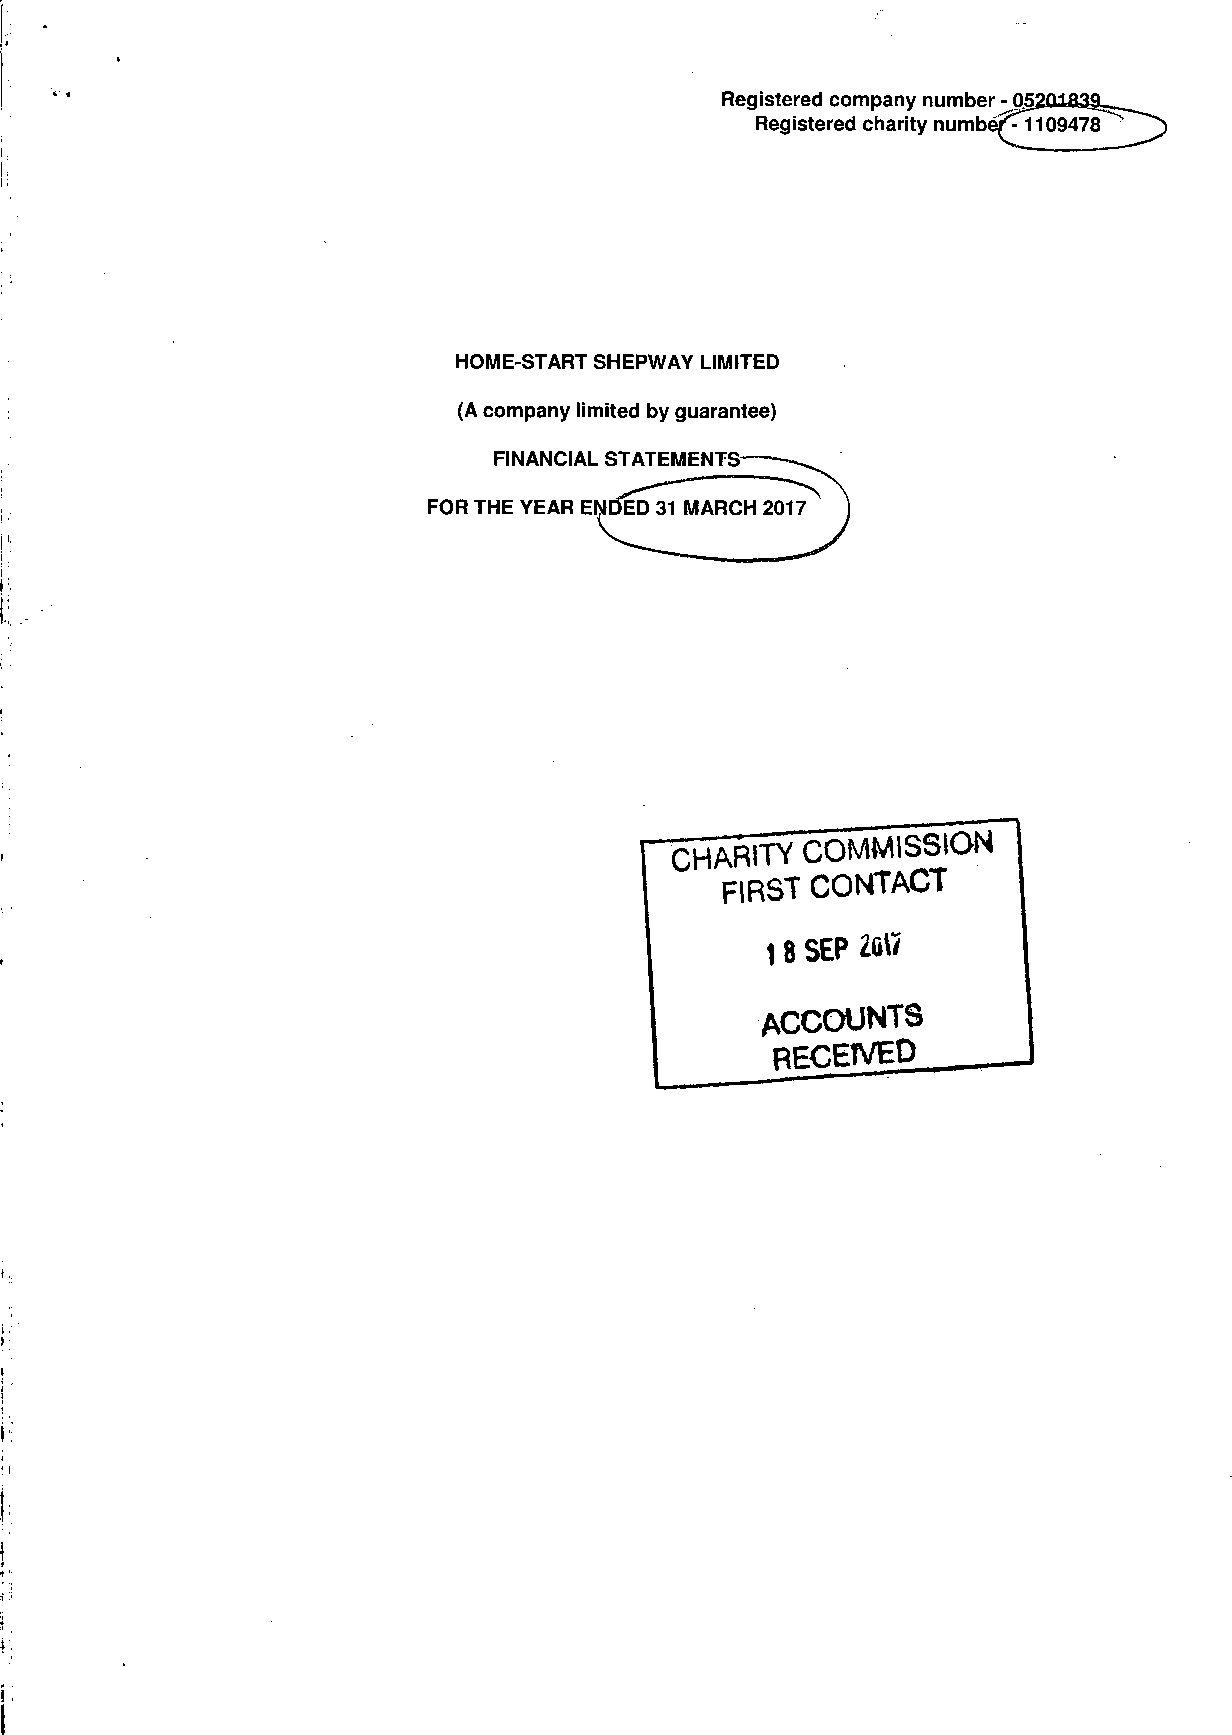
Registered company number - Q52QlS3a
 Registered charity numbef^l 109478
 HOME-START SHEPWAY LIMITED
 (A company limited by guarantee)
 FINANCIAL STATEMENTS
 FOR THE YEAR ENl
 I
 Q^RTTY   COMMISSION
 FIRST CONTACT
 1 8 SEP 2Gt7
 ACCOUNTS
 RECEIVED^.
 ' i
 I